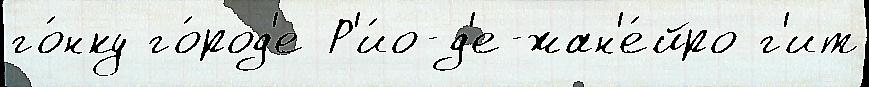
го́нку го́род'е Р'и́о-д'е-жан'е́йро г'ит